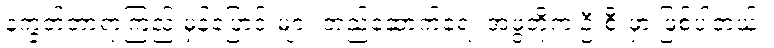
နက္ခတ်တာရာကြည့် မှန်ပြောင်းများ တည်ဆောက်ရေး အဖွဲ့တို့က ဦးစီးမှာ ဖြစ်ပါတယ်။